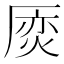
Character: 𠪌